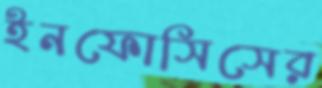
ইনফোসিসের